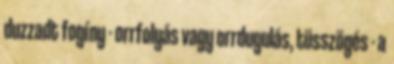
duzzadt fogíny - orrfolyás vagy orrdugulás, tüsszögés - a